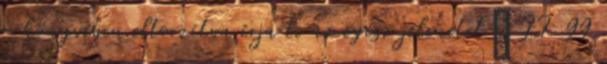
– könyvében eltorzítva írja le az egész jelenetet” II 99